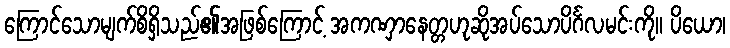
ကြောင်သောမျက်စိရှိသည်၏အဖြစ်ကြောင့် အကဏှာနေတ္တဟုဆိုအပ်သောပိင်္ဂလမင်းကို။ ပိယော၊